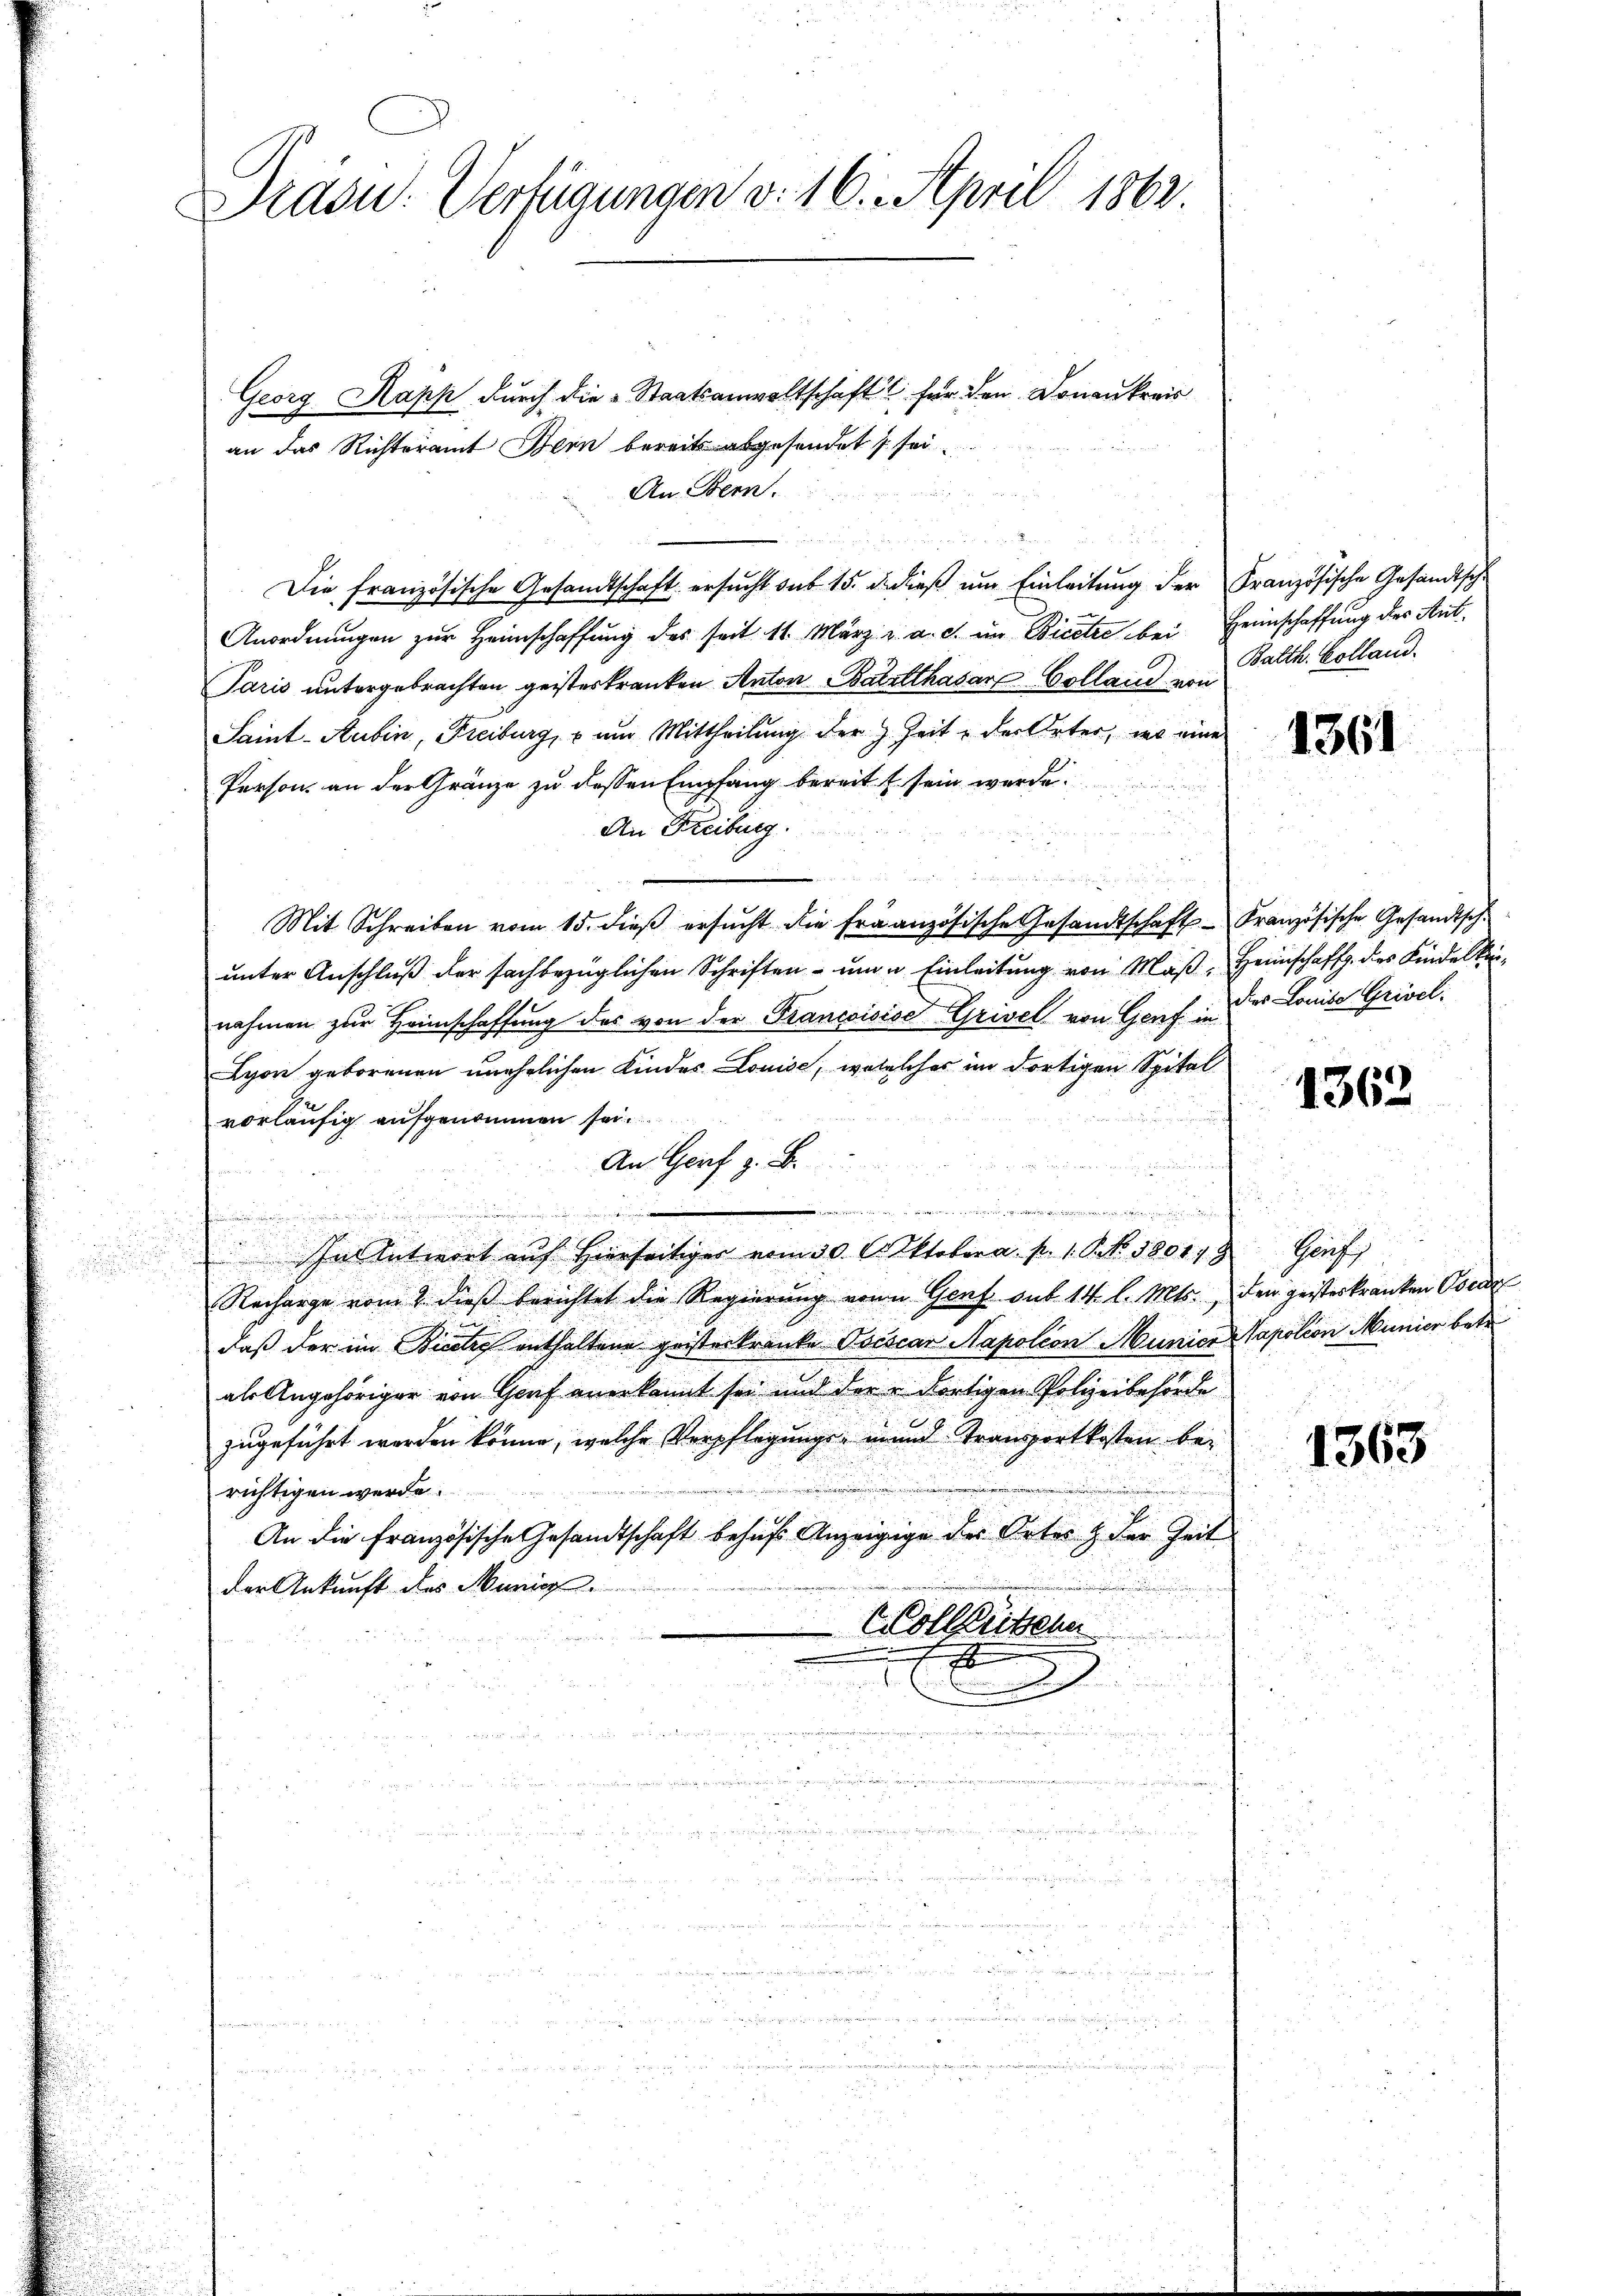
Präsu: Verfügungen d. 16. April 1862.

Georg Kapp durch die Staatsanwaltschaft für den Donaukreis
an das Richteramt Bern bereits abgesendet s sei¬
An Bern.
Die französische Gesandtschaft ersucht sub 15. d. dieß um Einleitung der Französische Gesandtsche
Anordnungen zur Heimschaffung des seit 11. März v. a. c. im Bicetze bei Heimschaffung des Ant¬
Paris untergebrachten geisteskranken Anton Barthasar Golland am Balth. Colland.
Saint-Aubin, Freiburg, – um Mittheilung der z. Zeit der Orter, wo eine
Person, an der Gränze zu dessen Empfang bereits sein werde.
An Freiburg.
u
e
a
Mit Schreiben vom 15. dieβ ersŭcht die französische Gesandtschaft Französische Gesandtsch
unter Anschluß der sachbezüglichen Schriften - und u. Einleitung von Maβ, Heimschaff des Kindel keinahmen zur Heimschaffung des von der Francoisise Grivel von Genf des Louise Grivel
Lyon geborenen unehelichen Kinder Louise, woselches im dortigen Spital
vorläufig aufgenommen sei.
An Genf z. B.

u
u
inen
i
In Antwort auf hierseitiger vom 30. Oktober a. p. 1. P. Nr. 180113 Genf
Recharge vom 2. dieß berichtet die Regierung von Genf sub 14. l. Mts., den geisterkranken Ober
daß der im Biere enthaltene geisteskranke Ovescar Napoléon Munier Napoleon Munier betr
als Angehöriger von Graf anerkannt sei und der Fortigen Polizeibehörde
zugeführt werden könne, welche Verpflegungs- und Transportkosten bei
a
richtigen werde.
An die Französische Gesandtschaft behufs Anzeigige des Ortes & der Zeit
der Ankunft des Munic
Colleritzen
7

2
g
.
iinden und

1361

1362

1363